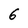
Character: 6